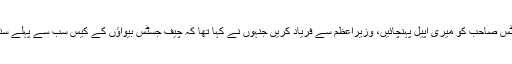
اُس نے کہا آپ چیف جسٹس صاحب کو میری اپیل پہنچائیں، وزیراعظم سے فریاد کریں جنہوں نے کہا تھا کہ چیف جسٹس بیواؤں کے کیس سب سے پہلے سننے کا حکم جاری کریں۔